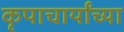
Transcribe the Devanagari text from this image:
कृपाचार्यांच्या